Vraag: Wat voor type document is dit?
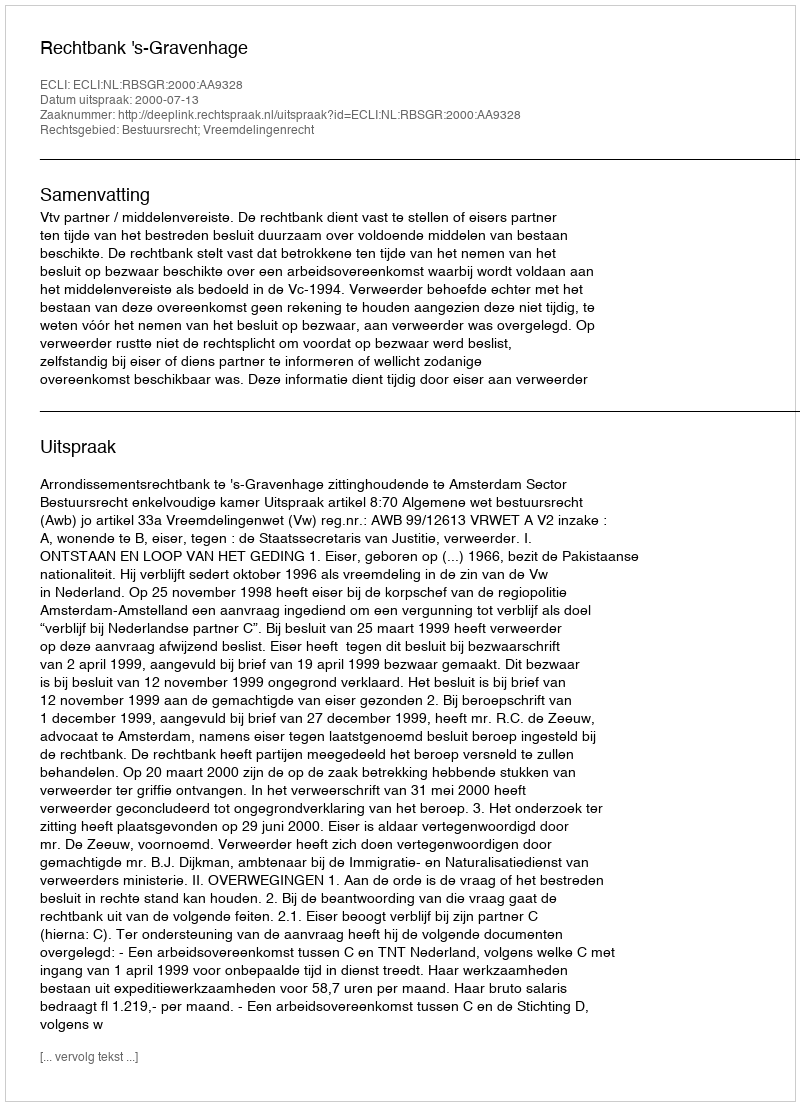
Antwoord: Uitspraak